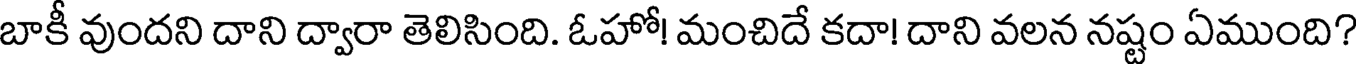
బాకీ వుందని దాని ద్వారా తెలిసింది. ఓహో! మంచిదే కదా! దాని వలన నష్టం ఏముంది?